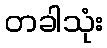
တခါသုံး